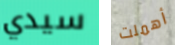
سيدي أهملت